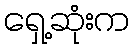
ရှေ့ဆုံးက